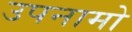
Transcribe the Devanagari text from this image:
उपनामो